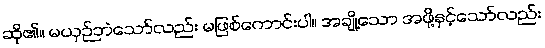
ဆို၏။ မယှဉ်ဘဲသော်လည်း မဖြစ်ကောင်းပါ။ အချို့သော အဖို့နှင့်သော်လည်း